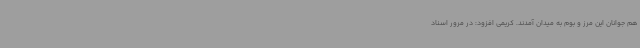
هم جوانان این مرز و بوم به میدان آمدند. کریمی افزود: در مرور اسناد